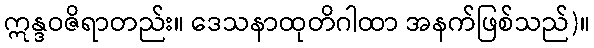
ဣန္ဒဝဇိရာတည်း။ ဒေသနာထုတိဂါထာ အနက်ဖြစ်သည်)။